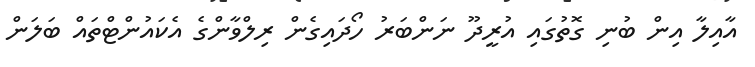
އާއިލާ އިން ބުނި ގޮތުގައި އުރީދޫ ނަންބަރު ހޯދައިގެން ރިލްވާންގެ އެކައުންޓްތައް ބަލަން